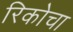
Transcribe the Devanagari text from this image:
रिकोचा